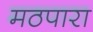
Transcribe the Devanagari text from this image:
मठपारा